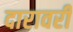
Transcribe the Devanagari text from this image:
दारावरी